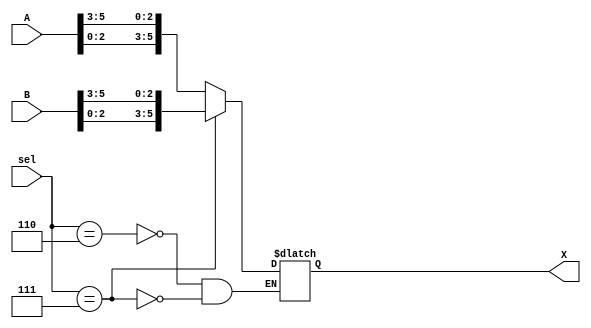
`timescale 1ns / 1ps

module shifter_3bit_right(
    input [3:0] sel,
    input [5:0] A,
    input [5:0] B,
    output [5:0] X
    );

	reg [5:0] result;
	
	always @*
		case(sel)
			//shift A
			4'b0110 : result = {A[2:0], A[5:3]};
			//shift B
			4'b0111 : result = {B[2:0], B[5:3]};
		endcase
		
	assign X = result;

endmodule